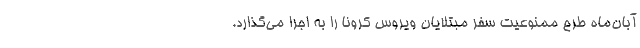
آبان‌ماه طرح ممنوعیت سفر مبتلایان ویروس کرونا را به اجرا می‌گذارد.